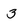
Character: 3